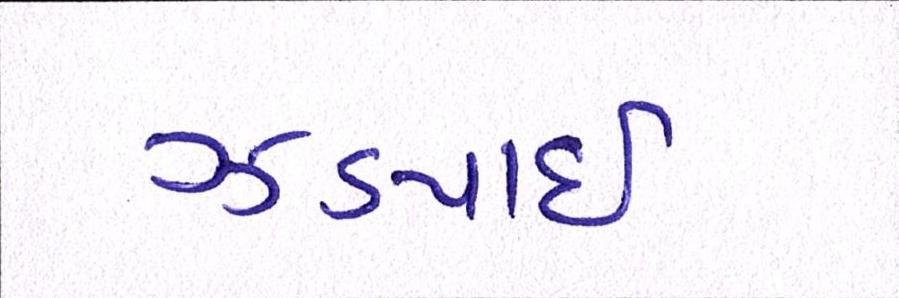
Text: ઝડપાઈ